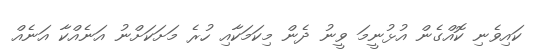
ކައިވެނި ކޮއްގެން އުޅުނީމަ ވީނު ދެން މިކަމަކާއި ހުރެ މަށަކަށްނު އަނެއްކާ އަނެއް